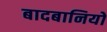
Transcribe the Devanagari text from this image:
बादबानियों